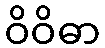
ဝိဝိဓာ